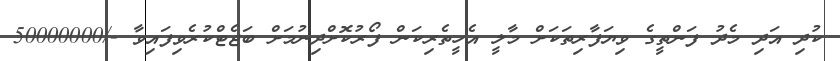
ކުދި އަދި މެދު ފަންތީގެ ވިޔަފާރިތަކަށް މާލީ އެހީތެރިކަން ފޯރުކޮށްދިނުމަށް ބަޖެޓްކުރެވިފައިވާ -/50000000